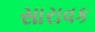
સારાવક